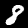
Label: 8